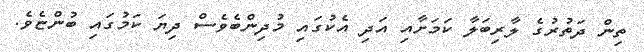
ތިން ދަތުރުގެ ލާރިބަލާ ކަމަށާއި އަދި އެކުގައި މުދިންބެވެސް ދިޔަ ކަމުގައި ބުންޏެވެ.